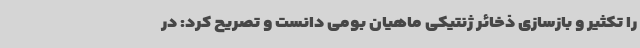
را تکثیر و بازسازی ذخائر ژنتیکی ماهیان بومی دانست و تصریح کرد: در